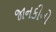
જાનકીનો